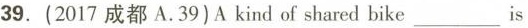
39. (2017成都A. 39) A kind of shared bike \underline is